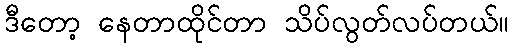
ဒီတော့ နေတာထိုင်တာ သိပ်လွတ်လပ်တယ်။